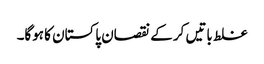
غلط باتیں کر کے نقصان پاکستان کا ہوگا۔